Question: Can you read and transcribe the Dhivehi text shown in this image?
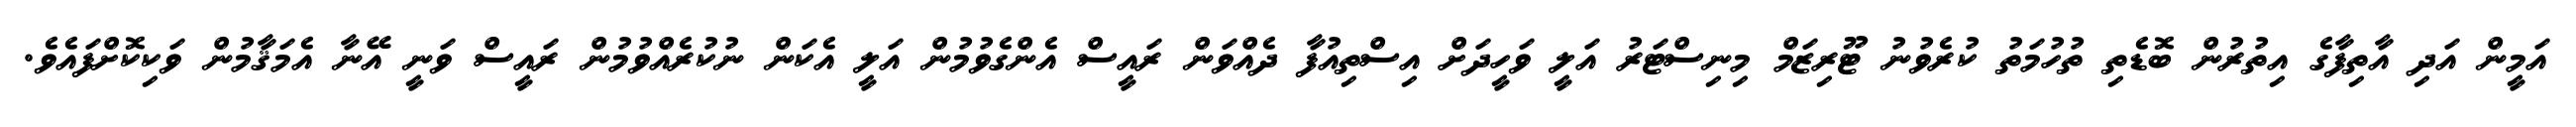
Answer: އަމީން އަދި އާތިފާގެ އިތުރުން ބޮޑެތި ތުހުމަތު ކުރެވުނު ޓޫރިޒަމް މިނިސްޓަރު އަލީ ވަހީދަށް އިސްތިއުފާ ދެއްވަން ރައީސް އެންގެވުމުން އަލީ އެކަން ނުކުރެއްވުމުން ރައީސް ވަނީ އޭނާ އެމަޤާމުން ވަކިކޮށްފައެވެ.